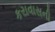
કરાવાસની